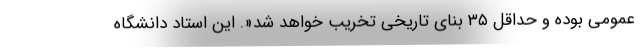
عمومی بوده و حداقل ۳۵ بنای تاریخی تخریب خواهد شد«. این استاد دانشگاه